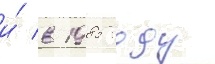
и́ в 1985 году